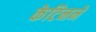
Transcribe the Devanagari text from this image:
केटिनने